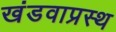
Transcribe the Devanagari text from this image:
खंडवाप्रस्थ